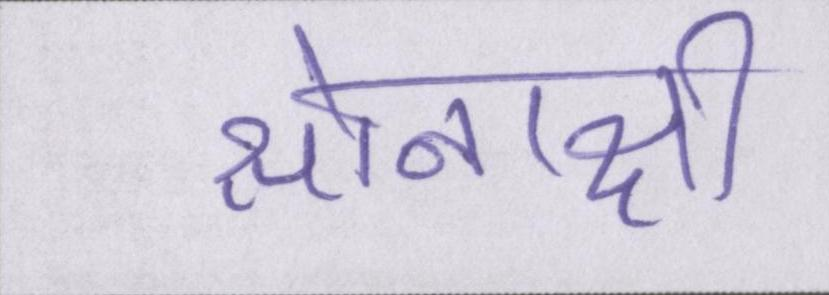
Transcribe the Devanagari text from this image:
सोनाक्षी